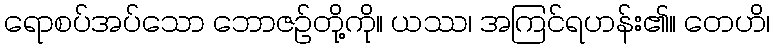
ရောစပ်အပ်သော ဘောဇဉ်တို့ကို။ ယဿ၊ အကြင်ရဟန်း၏။ တေဟိ၊